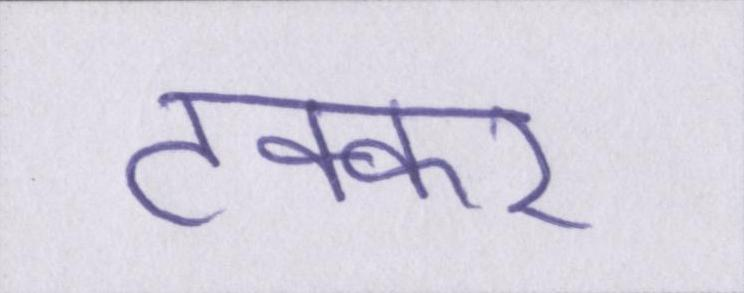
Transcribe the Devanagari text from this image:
टक्कर